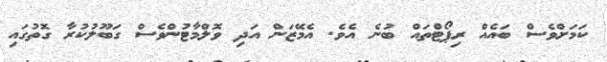
ކަމަށްވެސް ބައެއް ރިޕޯޓްތައް ބުނެ އެވެ. އެމޭޒަން އަދި ވޮލްމާޓުންވެސް ގަބޫލުކުރާ ގޮތުގައި